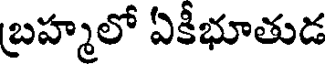
బ్రహ్మలో ఏకీభూతుడ